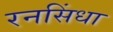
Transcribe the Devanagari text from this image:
रनसिंधा